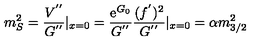
m _ { S } ^ { 2 } = \frac { V ^ { ' ^ { \prime } } } { G ^ { ' ^ { \prime } } } | _ { x = 0 } = \frac { \mathrm { e } ^ { G _ { 0 } } } { G ^ { ' ^ { \prime } } } \frac { ( f ^ { ' } ) ^ { 2 } } { G ^ { ' ^ { \prime } } } | _ { x = 0 } = \alpha m _ { 3 / 2 } ^ { 2 }